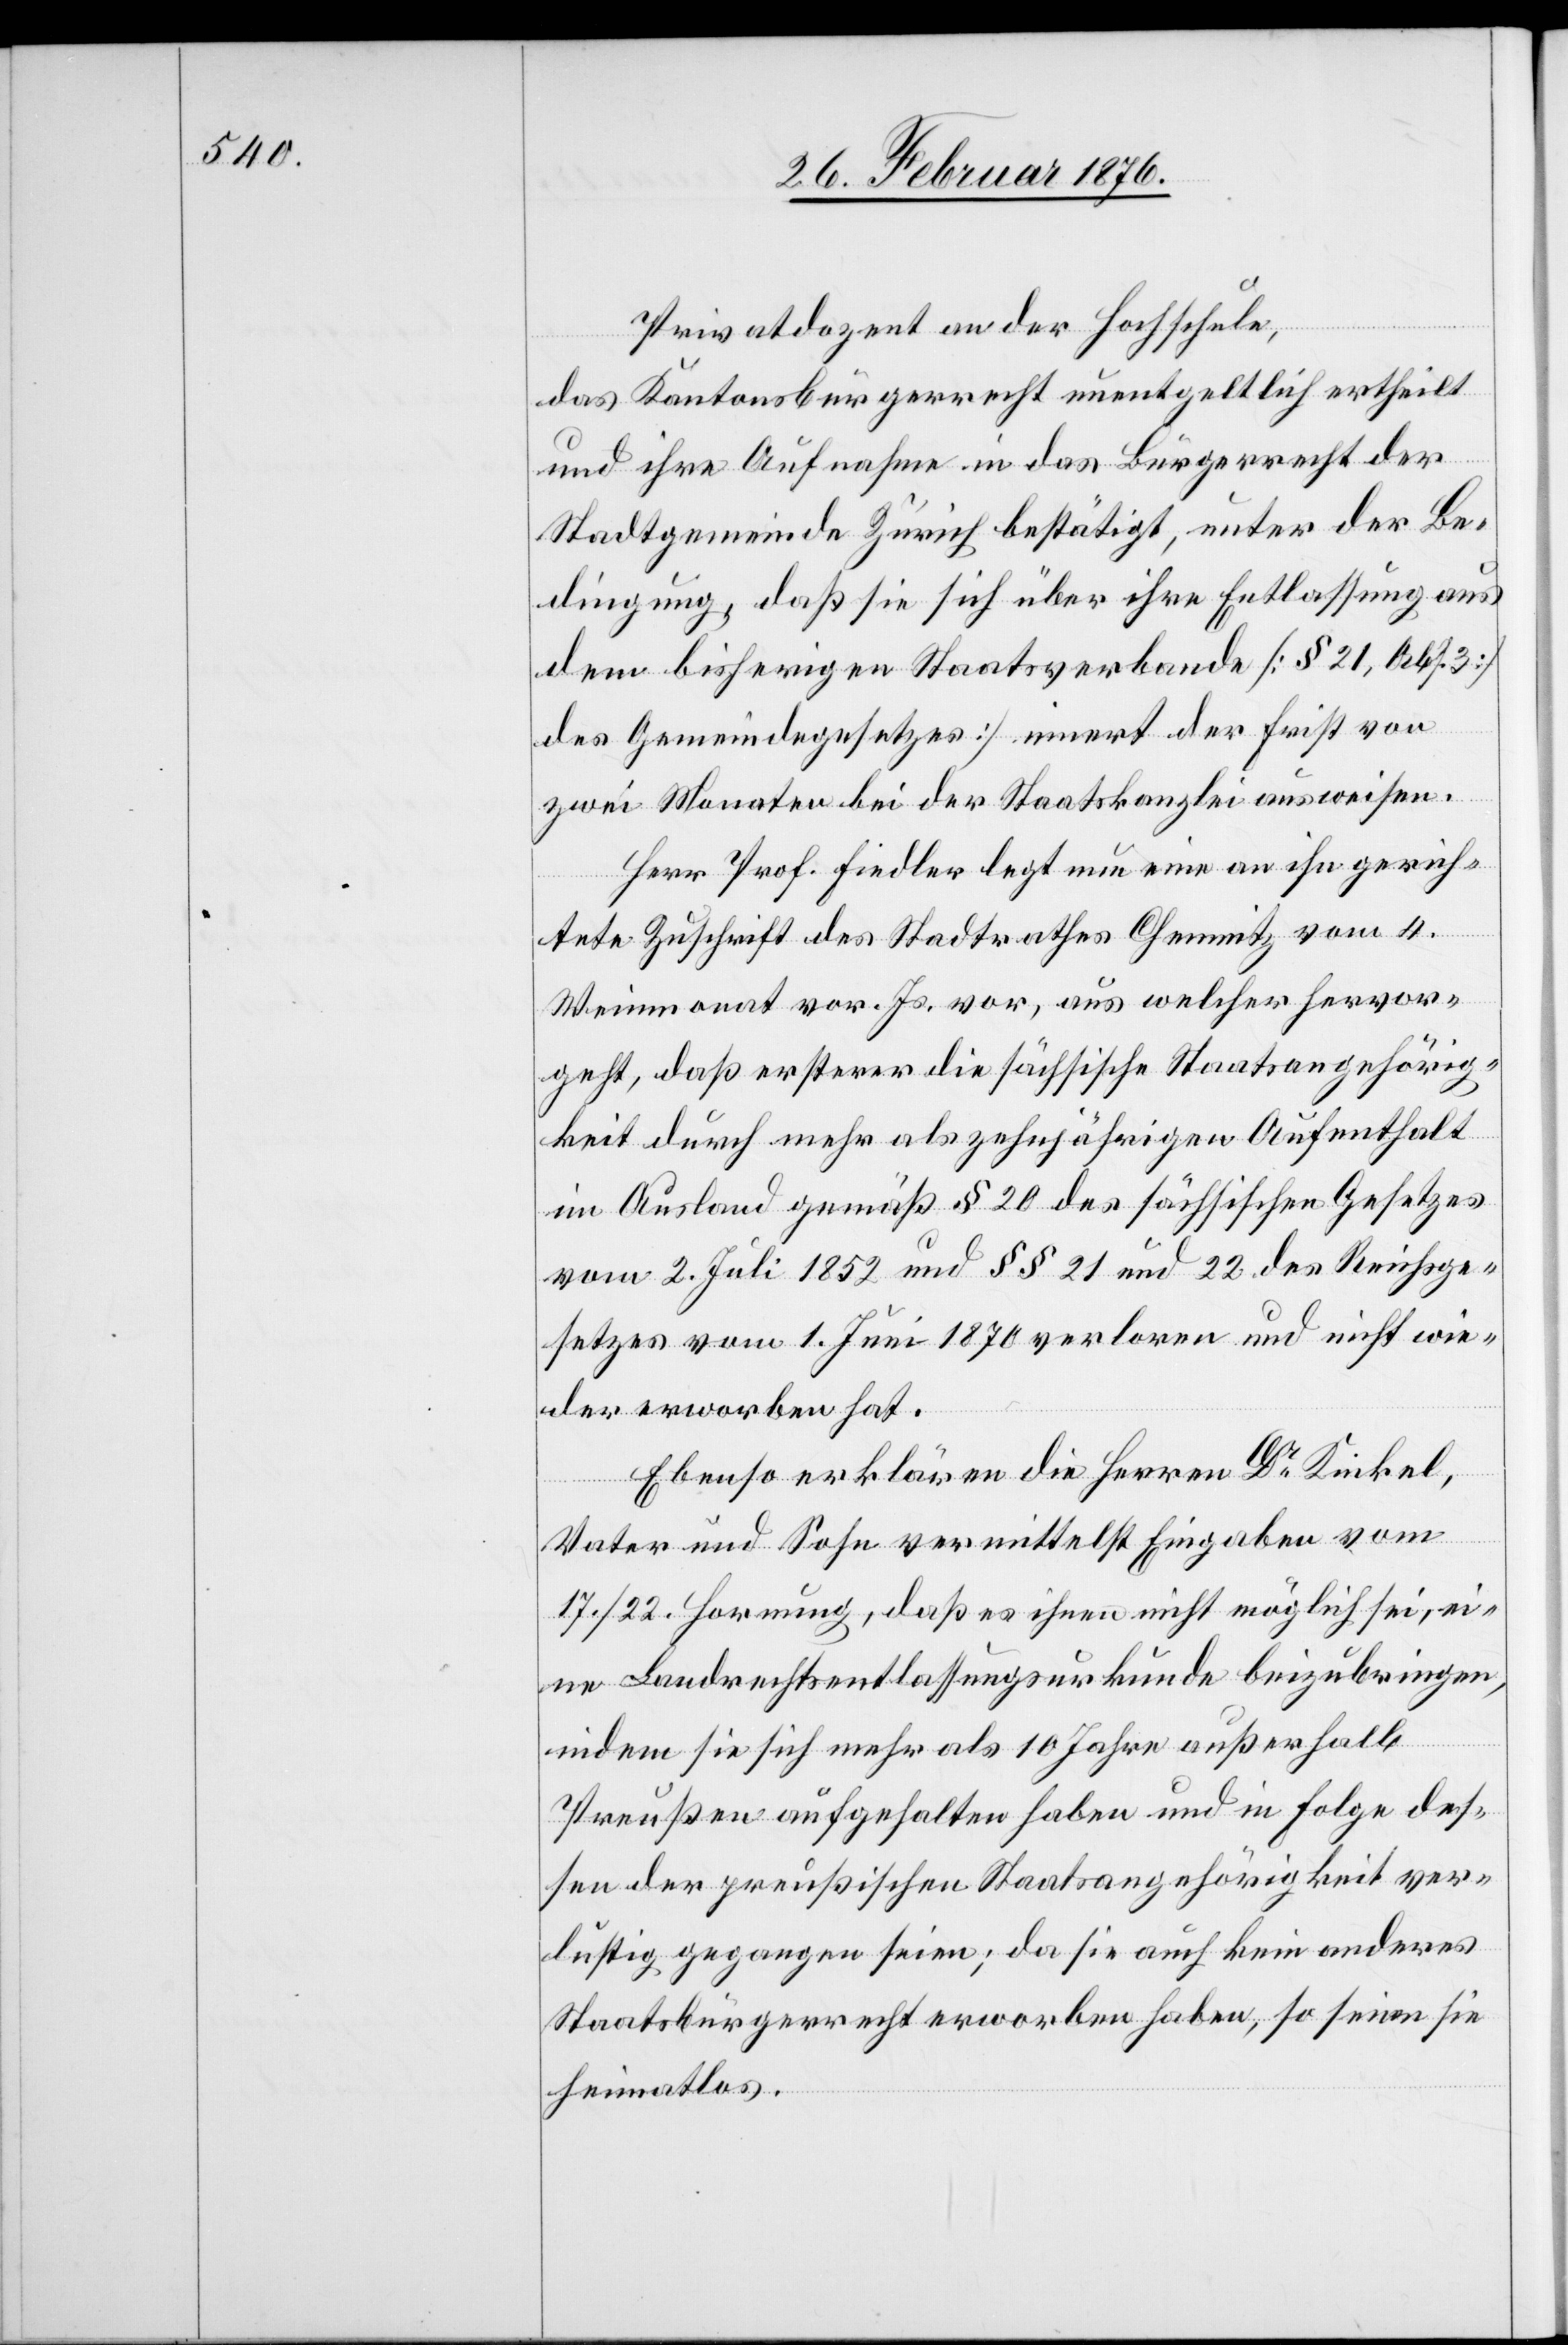
Privatdozent an der Hochschule,
das Kantonsbürgerrecht unentgeltlich ertheilt
und ihre Aufnahme in das Bürgerrecht der
Stadtgemeinde Zürich bestätigt, unter der Be¬
dingung, daß sie sich über ihre Entlassung aus
dem bisherigen Staatsverbande [§ 21, Abs. 3]
des Gemeindegesetzes] innert der Frist von
zwei Monaten bei der Staatskanzlei ausweisen.
Herr Prof. Fiedler legt nun eine an ihn gerich¬
tete Zuschrift des Stadtrathes Chemnitz vom 4.
Weinmonat vor. Js. vor, aus welcher hervor¬
geht, daß ersterer die sächsische Staatsangehörig¬
keit durch mehr als zehnjährigen Aufenthalt
im Ausland gemäß § 20 des sächsischen Gesetzes
vom 2. Juli 1852 und §§ 21 und 22. des Reichsge¬
setzes vom 1. Juni 1870 verloren und nicht wie¬
der erworben hat.
Ebenso erklären die Herren Dr Kinkel,
Vater und Sohn vermittelst Eingabe vom
17./22. Hornung, daß es ihnen nicht möglich sei, ei¬
ne Landrechtsentlassungsurkunde beizubringen,
indem sie sich mehr als 10 Jahre außerhalb
Preußen aufgehalten haben und in Folge des¬
sen der preußischen Staatsangehörigkeit ver¬
lustig gegangen seien; da sie auch kein anderes
Staatsbürgerrecht erworben haben, seien sie
heimatlos.